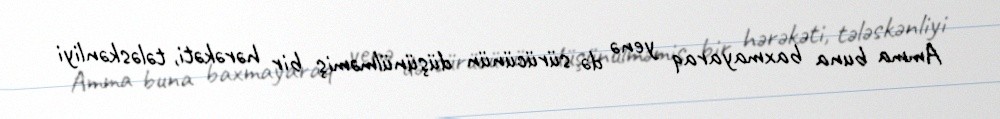
Amma buna baxmayaraq yenə də sürücünün düşünülməmiş bir hərəkəti, tələskənliyi